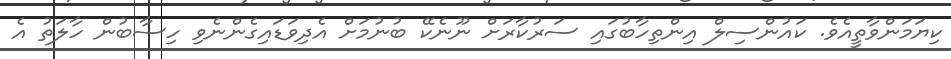
ކިޔަމަންވާތީއެވެ. ކައުންސިލް އިންތިހާބުގައި ސަރުކާރަށް ނޫނެކޭ ބުނުމަށް އެދިވަޑައިގެންނެވި ހިސާބުން ހާލަތު އެ